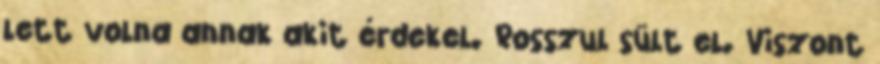
lett volna annak akit érdekel. Rosszul sült el. Viszont